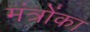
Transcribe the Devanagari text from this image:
मंत्रोंका